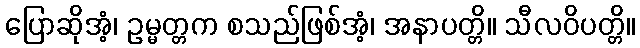
ပြောဆိုအံ့၊ ဥမ္မတ္တက စသည်ဖြစ်အံ့၊ အနာပတ္တိ။ သီလဝိပတ္တိ။